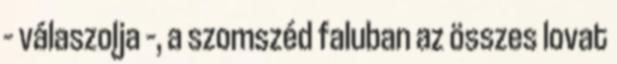
– válaszolja –, a szomszéd faluban az összes lovat